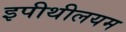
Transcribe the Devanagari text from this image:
इपीथीलयम